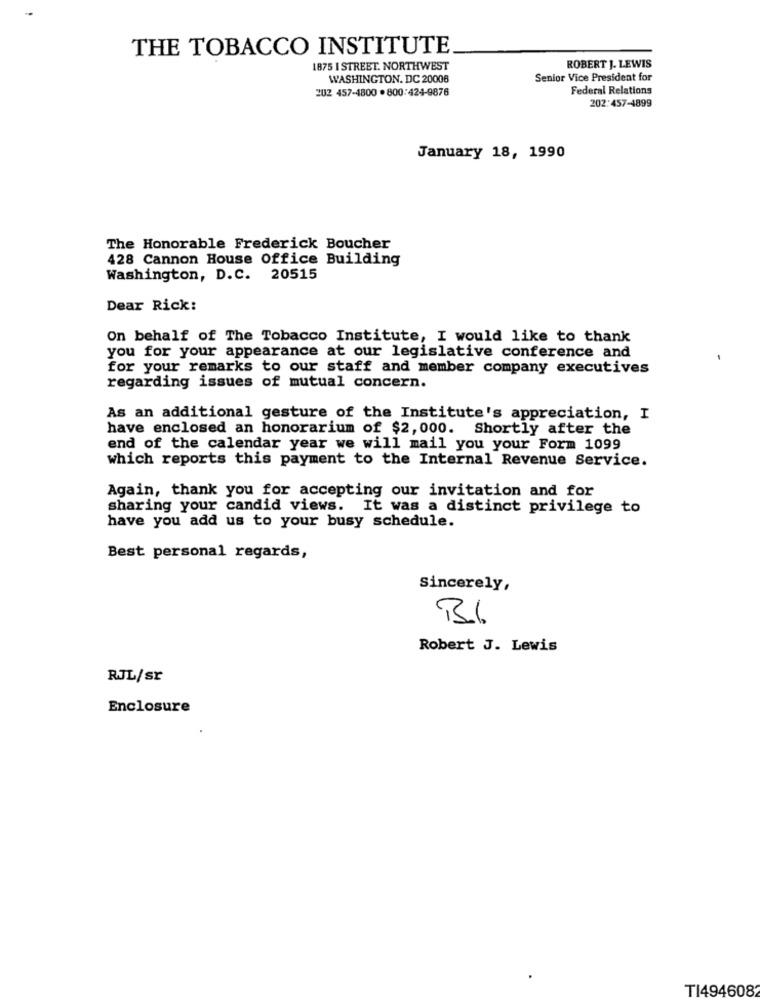
THE TOBACCO INSTITUTE
1875 I STREET. NORTHWEST
ROBERT J. LEWIS
WASHINGTON, DC 20006
Senior Vice President for
202 457-4800 . 800:424-9876
Federal Relations
202:457-4899
January 18, 1990
The Honorable Frederick Boucher
428 Cannon House Office Building
Washington, D.C. 20515
Dear Rick:
On behalf of The Tobacco Institute, I would like to thank
you for your appearance at our legislative conference and
.
for your remarks to our staff and member company executives
regarding issues of mutual concern.
As an additional gesture of the Institute's appreciation, I
have enclosed an honorarium of $2, 000. Shortly after the
end of the calendar year we will mail you your Form 1099
which reports this payment to the Internal Revenue Service.
Again, thank you for accepting our invitation and for
sharing your candid views. It was a distinct privilege to
have you add us to your busy schedule.
Best personal regards,
Sincerely,
BI
Robert J. Lewis
RJL/sr
Enclosure
TI4946082